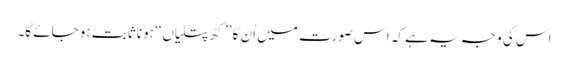
اس کی وجہ یہ ہے کہ اس صورت میں اُن کا ’’کٹھ پتلیاں‘‘ ہونا ثابت ہوجائے گا۔